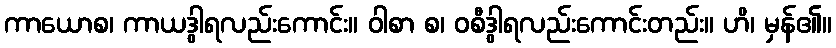
ကာယောစ၊ ကာယဒွါရလည်းကောင်း။ ဝါစာ စ၊ ဝစီဒွါရလည်းကောင်းတည်း။ ဟိ၊ မှန်၏။